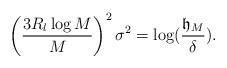
LaTeX: \begin{align*} \left(\frac{3R_l \log M}{M}\right)^2 \sigma^2 = \log(\frac{\mathfrak{h}_M}{\delta}).\end{align*}